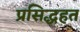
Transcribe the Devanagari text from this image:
प्रसिद्धहत